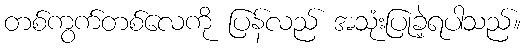
တစ်ကွက်တစ်လေကို ပြန်လည် အသုံးပြုခဲ့ရပါသည်။